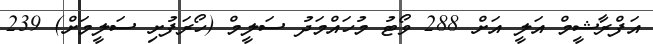
އަފްރާޝީމް އަލީ އަށް 288 ވޯޓު މުހައްމަދު ސަލީމް (ހޯރަފުށި ސަލީމަށް) 239